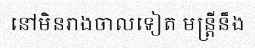
នៅមិនរាងចាលទៀត មន្ត្រីនឹង